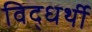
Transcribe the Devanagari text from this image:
विद्धर्थी